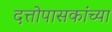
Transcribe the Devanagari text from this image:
दत्तोपासकांच्या